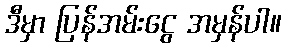
ဒီမှာ ပြန်အမ်းငွေ အမှန်ပါ။